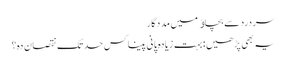
سردرد سے بچاﺅ میں مددگار
یہ بھی پڑھیں : بہت زیادہ پانی پینا کس حد تک نقصان دہ؟